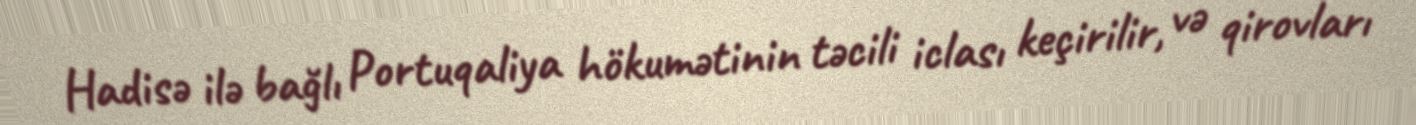
Hadisə ilə bağlı Portuqaliya hökumətinin təcili iclası keçirilir, və qirovları